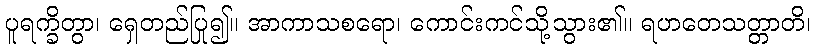
ပူရက္ခိတွာ၊ ရှေတည်ပြု၍။ အာကာသစရော၊ ကောင်းကင်သို့သွား၏။ ရဟတေသတ္တာတိ၊